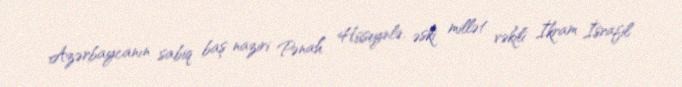
Azərbaycanın sabiq baş naziri Pənah Hüseynlə, əski millət vəkili İkram İsrafil